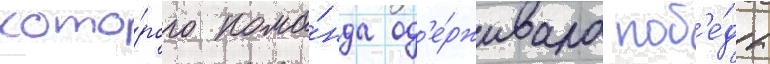
кото́рого кома́нда од'е́рживала поб'е́ды